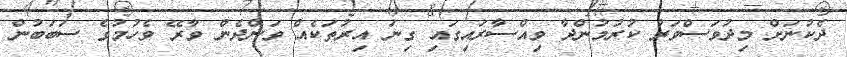
ދެކުނަށް މިދުވަސްވަރު ކުރުމުންދާ ވިއްސާރައިގައި ގިނަ އިރުތަކެއް ވަންދެން ވާރޭ ވެހުމުގެ ސަބަބުން